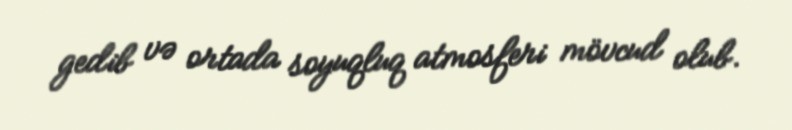
gedib və ortada soyuqluq atmosferi mövcud olub.